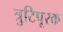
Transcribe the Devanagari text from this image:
त्रुटिपूरक